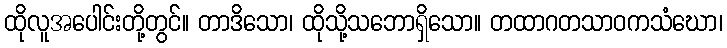
ထိုလူအပေါင်းတို့တွင်။ တာဒိသော၊ ထိုသို့သဘောရှိသော။ တထာဂတသာဝကသံဃော၊